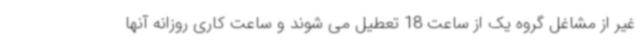
غیر از مشاغل گروه یک از ساعت 18 تعطیل می شوند و ساعت کاری روزانه آنها